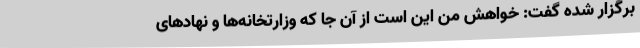
برگزار شده گفت: خواهش من این است از آن جا که وزارتخانه‌ها و نهادهای